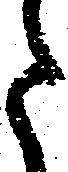
た